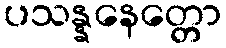
ပသန္နနေတ္တော